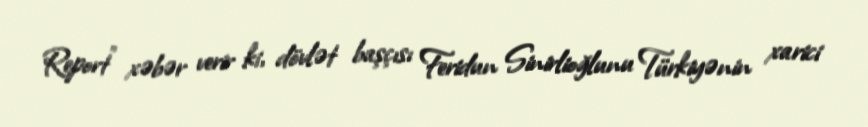
Report" xəbər verir ki, dövlət başçısı Feridun Sinirlioğlunu Türkiyənin xarici